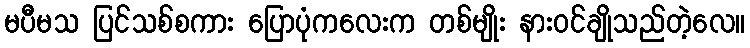
မပီမသ ပြင်သစ်စကား ပြောပုံကလေးက တစ်မျိုး နားဝင်ချိုသည်တဲ့လေ။